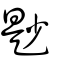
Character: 尟